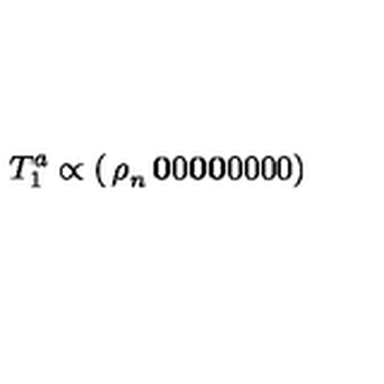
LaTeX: T _ { 1 } ^ { a } \propto \left( \begin{matrix} { { \bf \rho } _ { n } } & { { \bf 0 } } & { 0 } \\ { { \bf 0 } } & { { \bf 0 } } & { 0 } \\ { 0 } & { 0 } & { 0 } \\ \end{matrix} \right)